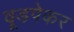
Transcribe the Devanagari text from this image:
वूडपेकर